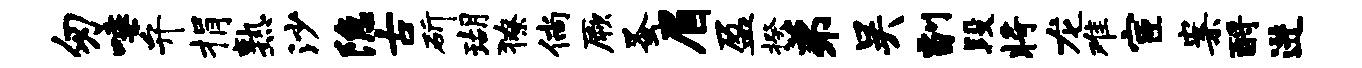
匆唾弁捐熟沙隐古斫瑚獠倘厥蚤眉盈揆弟吴副段将龙难宦案酹进